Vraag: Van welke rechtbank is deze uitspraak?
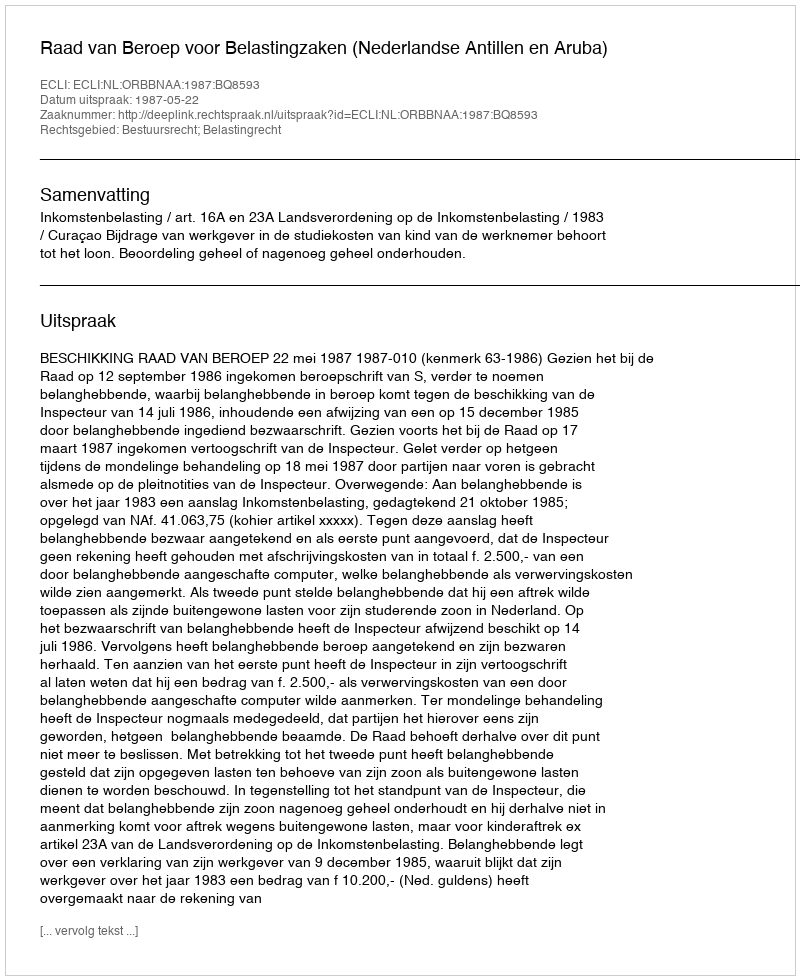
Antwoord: Raad van Beroep voor Belastingzaken (Nederlandse Antillen en Aruba)